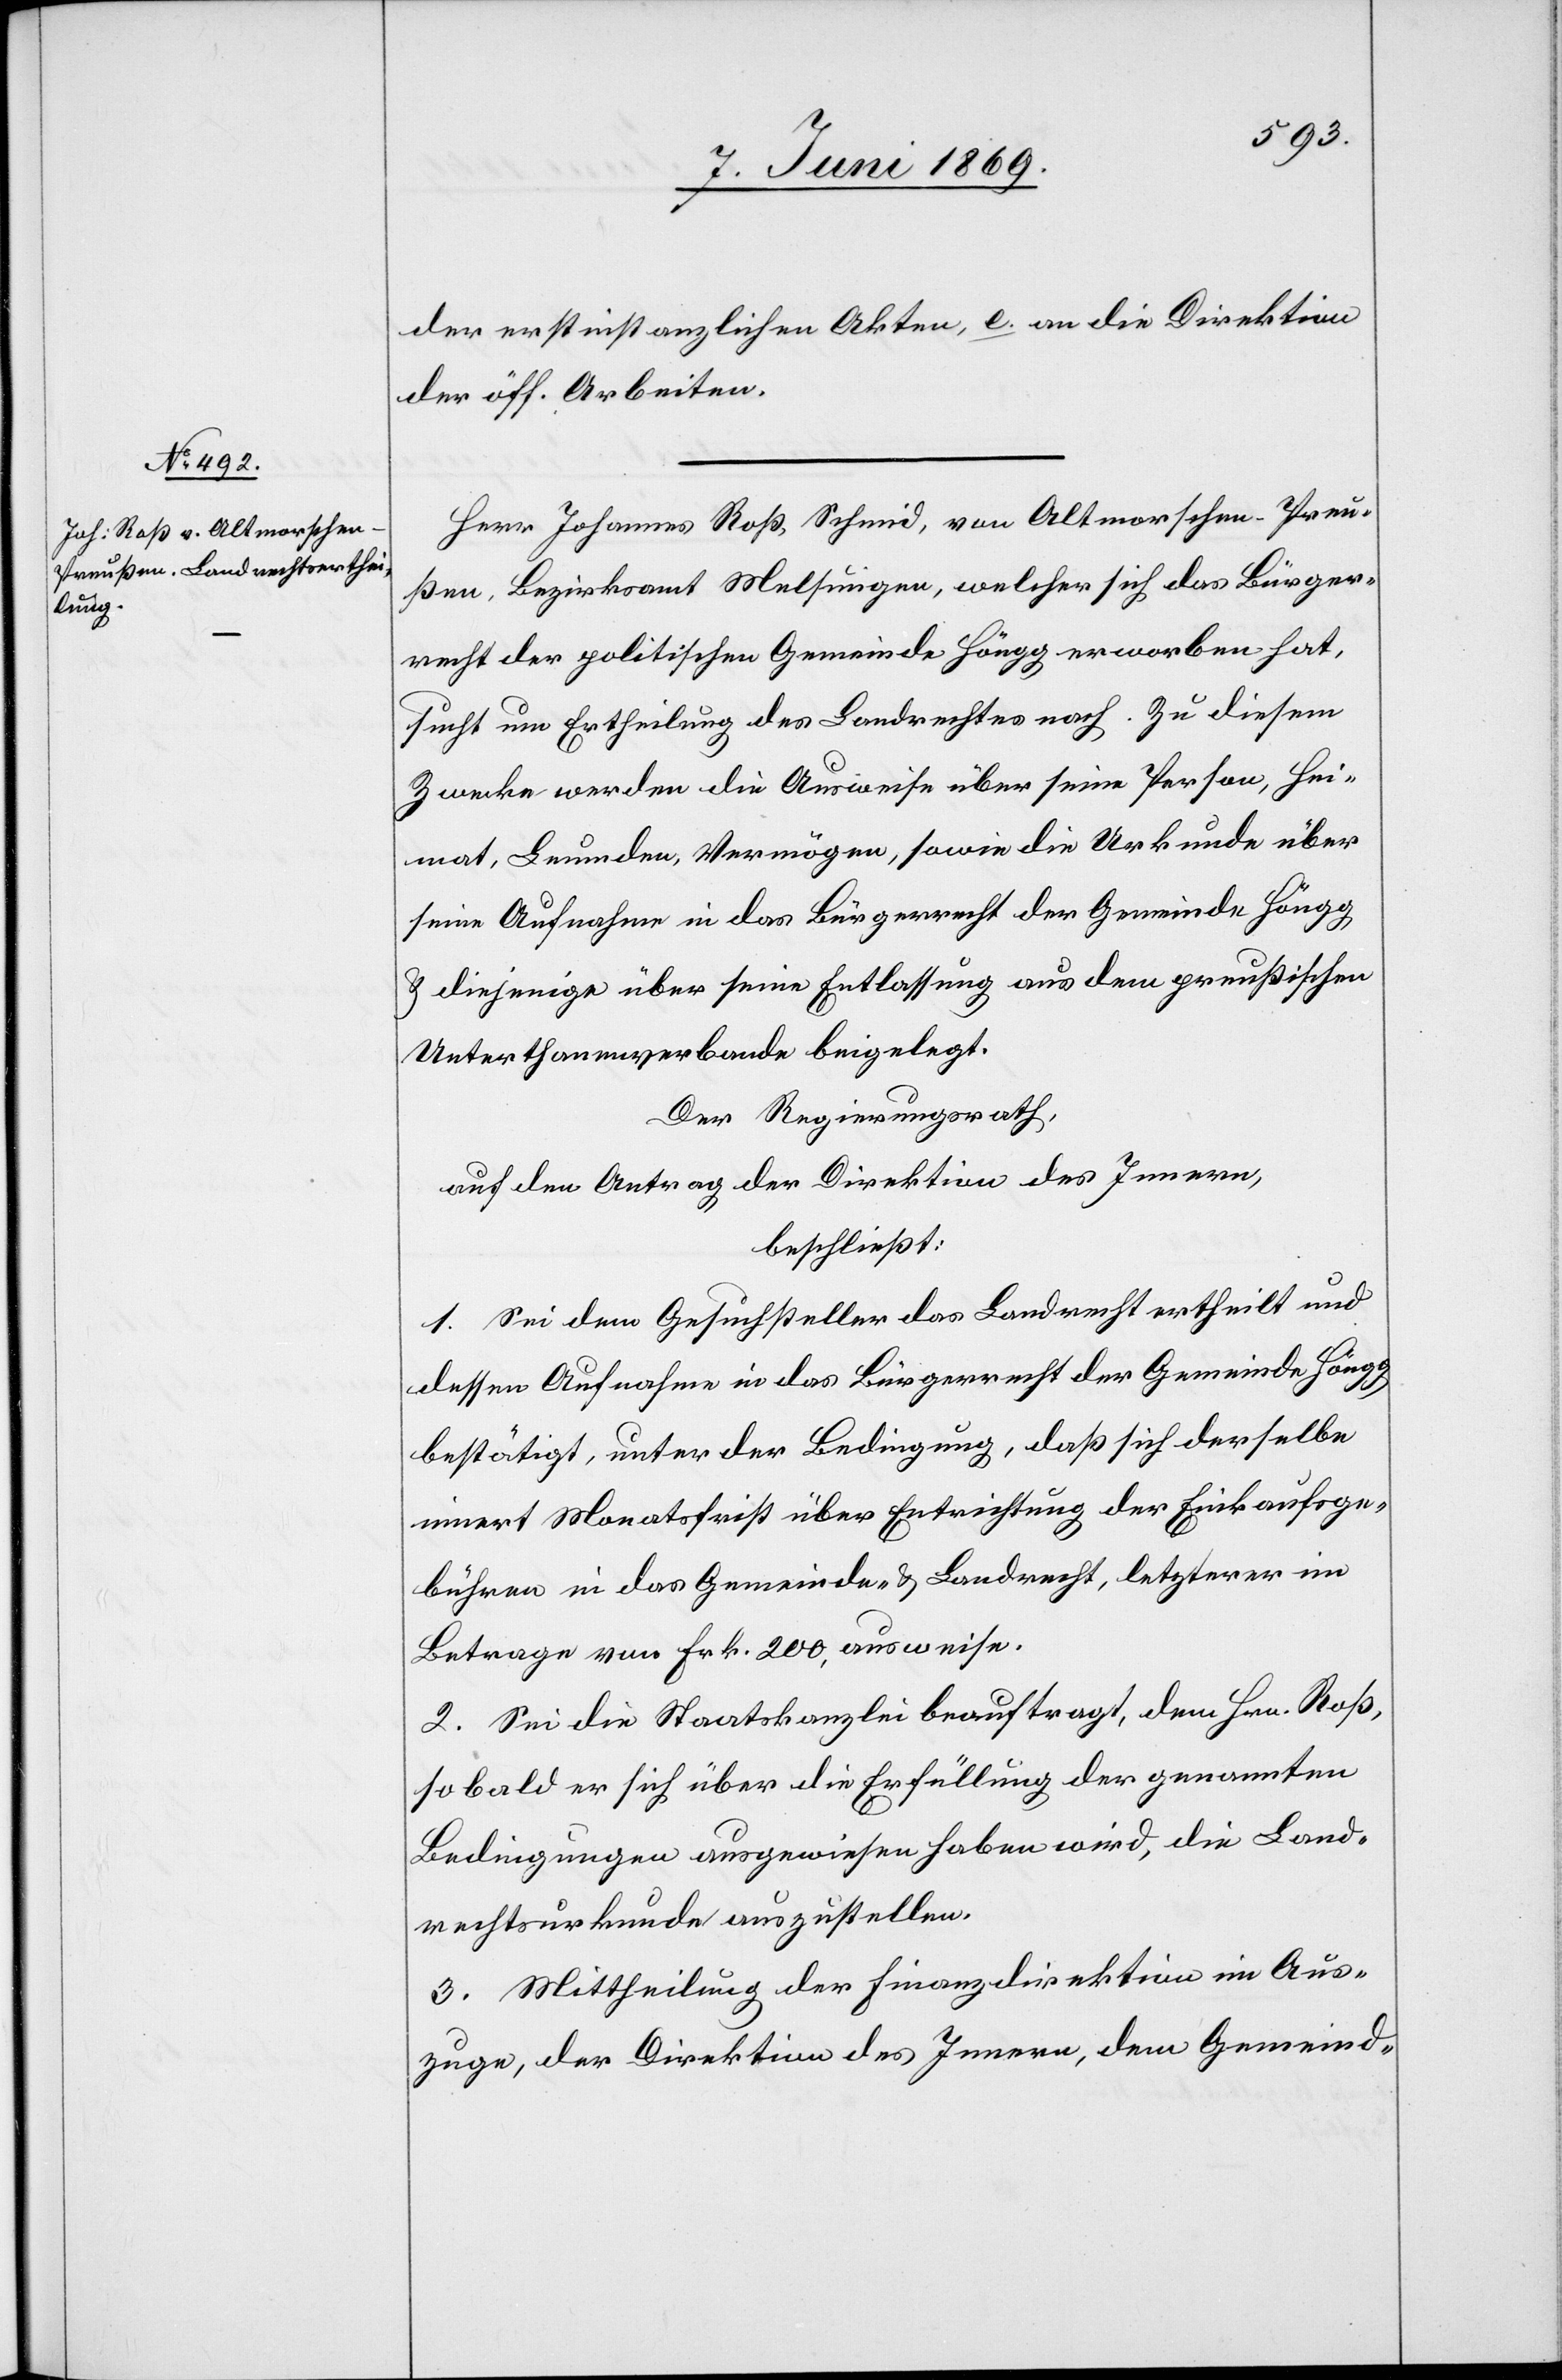
der erstinstanzlichen Akten, e. an die Direktion
der öff. Arbeiten.
Herr Johannes Roß, Schmid, von Altmorschen - Preu¬
ßen, Bezirksamt Melsungen, welcher sich das Bürger¬
recht der politischen Gemeinde Höngg erworben hat,
sucht um Ertheilung des Landrechtes nach. Zu diesem
Zwecke werden die Ausweise über seine Person, Hei¬
mat, Leumden, Vermögen, sowie die Urkunde über
seine Aufnahmen in das Bürgerrecht der Gemeinde Höngg,
u. diejenige über seine Entlassung aus dem preußischen
Unterthanenverbande beigelegt.
Der Regierungsrath,
auf den Antrag der Direktion des Innern,
beschließt:
1. Sei dem Gesuchsteller das Landrecht ertheilt und
dessen Aufnahme in das Bürgerrecht der Gemeinde Höngg
bestätigt, unter der Bedingung, daß sich derselbe
innert Monatsfrist über Entrichtung der Einkaufsge¬
bühren in das Gemeinde- u. Landrecht, letzterer im
Betrage von Frk. 200, ausweise.
2. Sei die Staatskanzlei beauftragt, den Hrn. Roß,
sobald er sich über die Erfüllung der genannten
Bedingungen ausgewiesen haben wird, die Land¬
rechtsurkunde auszustellen.
3. Mittheilung der Finanzdirektion im Aus¬
zuge, der Direktion des Innern, dem Gemeind-